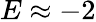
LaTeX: E\approx-2